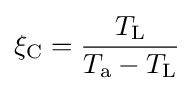
\xi _{\text{C}}={\frac {T_{\text{L}}}{T_{\text{a}}-T_{\text{L}}}}